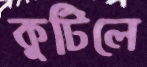
কুটিলে